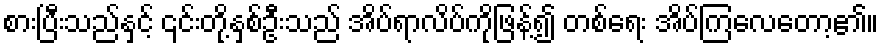
စားပြီးသည်နှင့် ၎င်းတို့နှစ်ဦးသည် အိပ်ရာလိပ်ကိုဖြန့်၍ တစ်ရေး အိပ်ကြလေတော့၏။